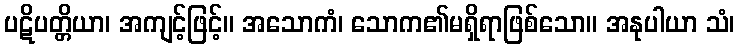
ပဋိပတ္တိယာ၊ အကျင့်ဖြင့်။ အသောကံ၊ သောက၏မရှိရာဖြစ်သော။ အနုပါယာ သံ၊